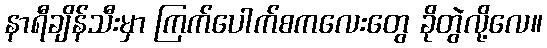
နာရီချိန်သီးမှာ ကြက်ပေါက်စကလေးတွေ ခိုတွဲလို့လေ။